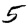
Digit: 5